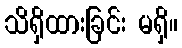
သိရှိထားခြင်း မရှိ။